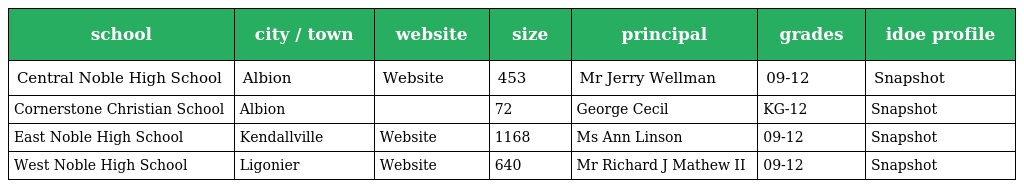
| school | city / town | website | size | principal | grades | idoe profile |
 | --- | --- | --- | --- | --- | --- | --- |
 | Central Noble High School | Albion | Website | 453 | Mr Jerry Wellman | 09-12 | Snapshot |
 | Cornerstone Christian School | Albion |  | 72 | George Cecil | KG-12 | Snapshot |
 | East Noble High School | Kendallville | Website | 1168 | Ms Ann Linson | 09-12 | Snapshot |
 | West Noble High School | Ligonier | Website | 640 | Mr Richard J Mathew II | 09-12 | Snapshot |